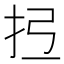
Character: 𢪕